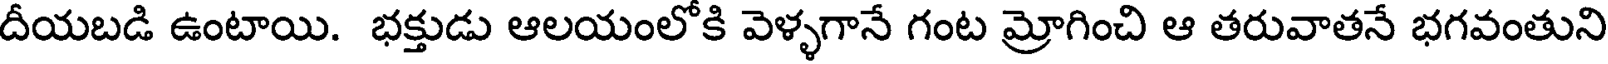
దీయబడి ఉంటాయి. భక్తుడు ఆలయంలోకి వెళ్ళగానే గంట మ్రోగించి ఆ తరువాతనే భగవంతుని